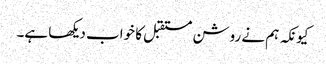
کیونکہ ہم نے روشن مستقبل کا خواب دیکھا ہے۔